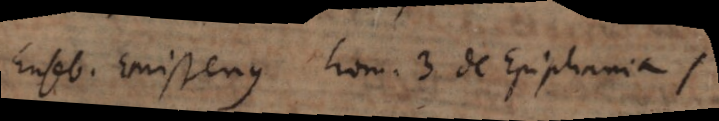
Euseb. Emissenus hom. 3. de Epiphanias